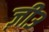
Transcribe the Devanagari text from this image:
ज़ी३